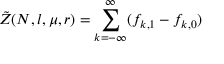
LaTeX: \tilde { Z } ( N , l , \mu , r ) = \sum _ { k = - \infty } ^ { \infty } ( f _ { k , 1 } - f _ { k , 0 } )